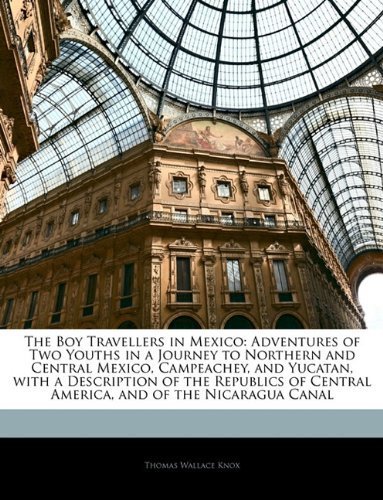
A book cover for The Boy Travellers in Mexico: Adventures of Two Youths in a Journey to Northern and Central Mexico, Campeachey, and Yucatan, with a Description of the ... Central America, and of the Nicaragua Canal by Knox, Thomas Wallace (2010) Paperback; Thomas Wallace Knox; Travel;